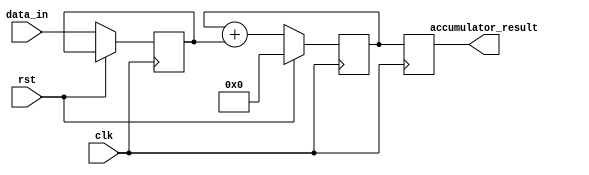
module fixed_point_accumulator (
    input wire clk,
    input wire rst,
    input wire [15:0] data_in,
    output reg [15:0] accumulator_result
);

reg [15:0] accumulator;
reg [15:0] data;

always @(posedge clk) begin
    if (rst) begin
        accumulator <= 16'h0;
    end else begin
        data <= data_in;
        accumulator <= accumulator + data;
    end
end

always @(posedge clk) begin
    accumulator_result <= accumulator;
end

endmodule